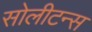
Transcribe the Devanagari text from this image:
सोलीटन्स